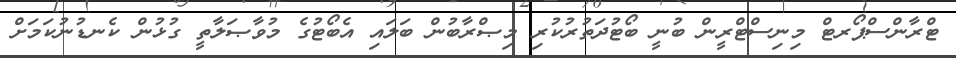
ޓްރާންސްޕޯރޓް މިނިސްޓްރީން ބުނީ ބޯޓުދަތުރުކުރި މިޞްރާބުން ބަލައި އެބޯޓުގެ މުވާޞަލާތީ ގުޅުން ކެނޑުނުކަމަށް